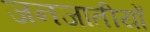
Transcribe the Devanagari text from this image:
जनजातीयों